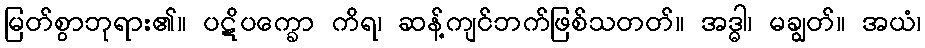
မြတ်စွာဘုရား၏။ ပဋိပက္ခော ကိရ၊ ဆန့်ကျင်ဘက်ဖြစ်သတတ်။ အဒ္ဓါ၊ မချွတ်။ အယံ၊